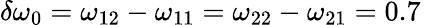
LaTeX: \delta\omega_{0}=\omega_{12}-\omega_{11}=\omega_{22}-\omega_{21}=0.7\